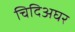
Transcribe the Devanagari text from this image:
चिदिअघर